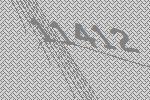
11412